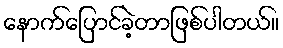
နောက်ပြောင်ခဲ့တာဖြစ်ပါတယ်။